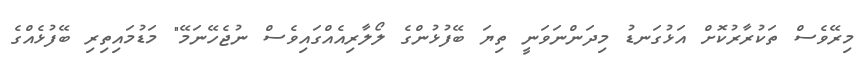
މިރޭވެސް ތަކުރާރުކޮށް އަޅުގަނޑު މިދަންނަވަނީ ތިޔަ ބޭފުޅުންގެ ލޯލާރިއެއްގައިވެސް ނުޖެހޭނަމޭ" މަޑުމައިތިރި ބޭފުޅެއްގެ